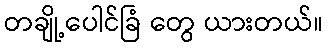
တချို့ပေါင်ခြံ တွေ ယားတယ်။